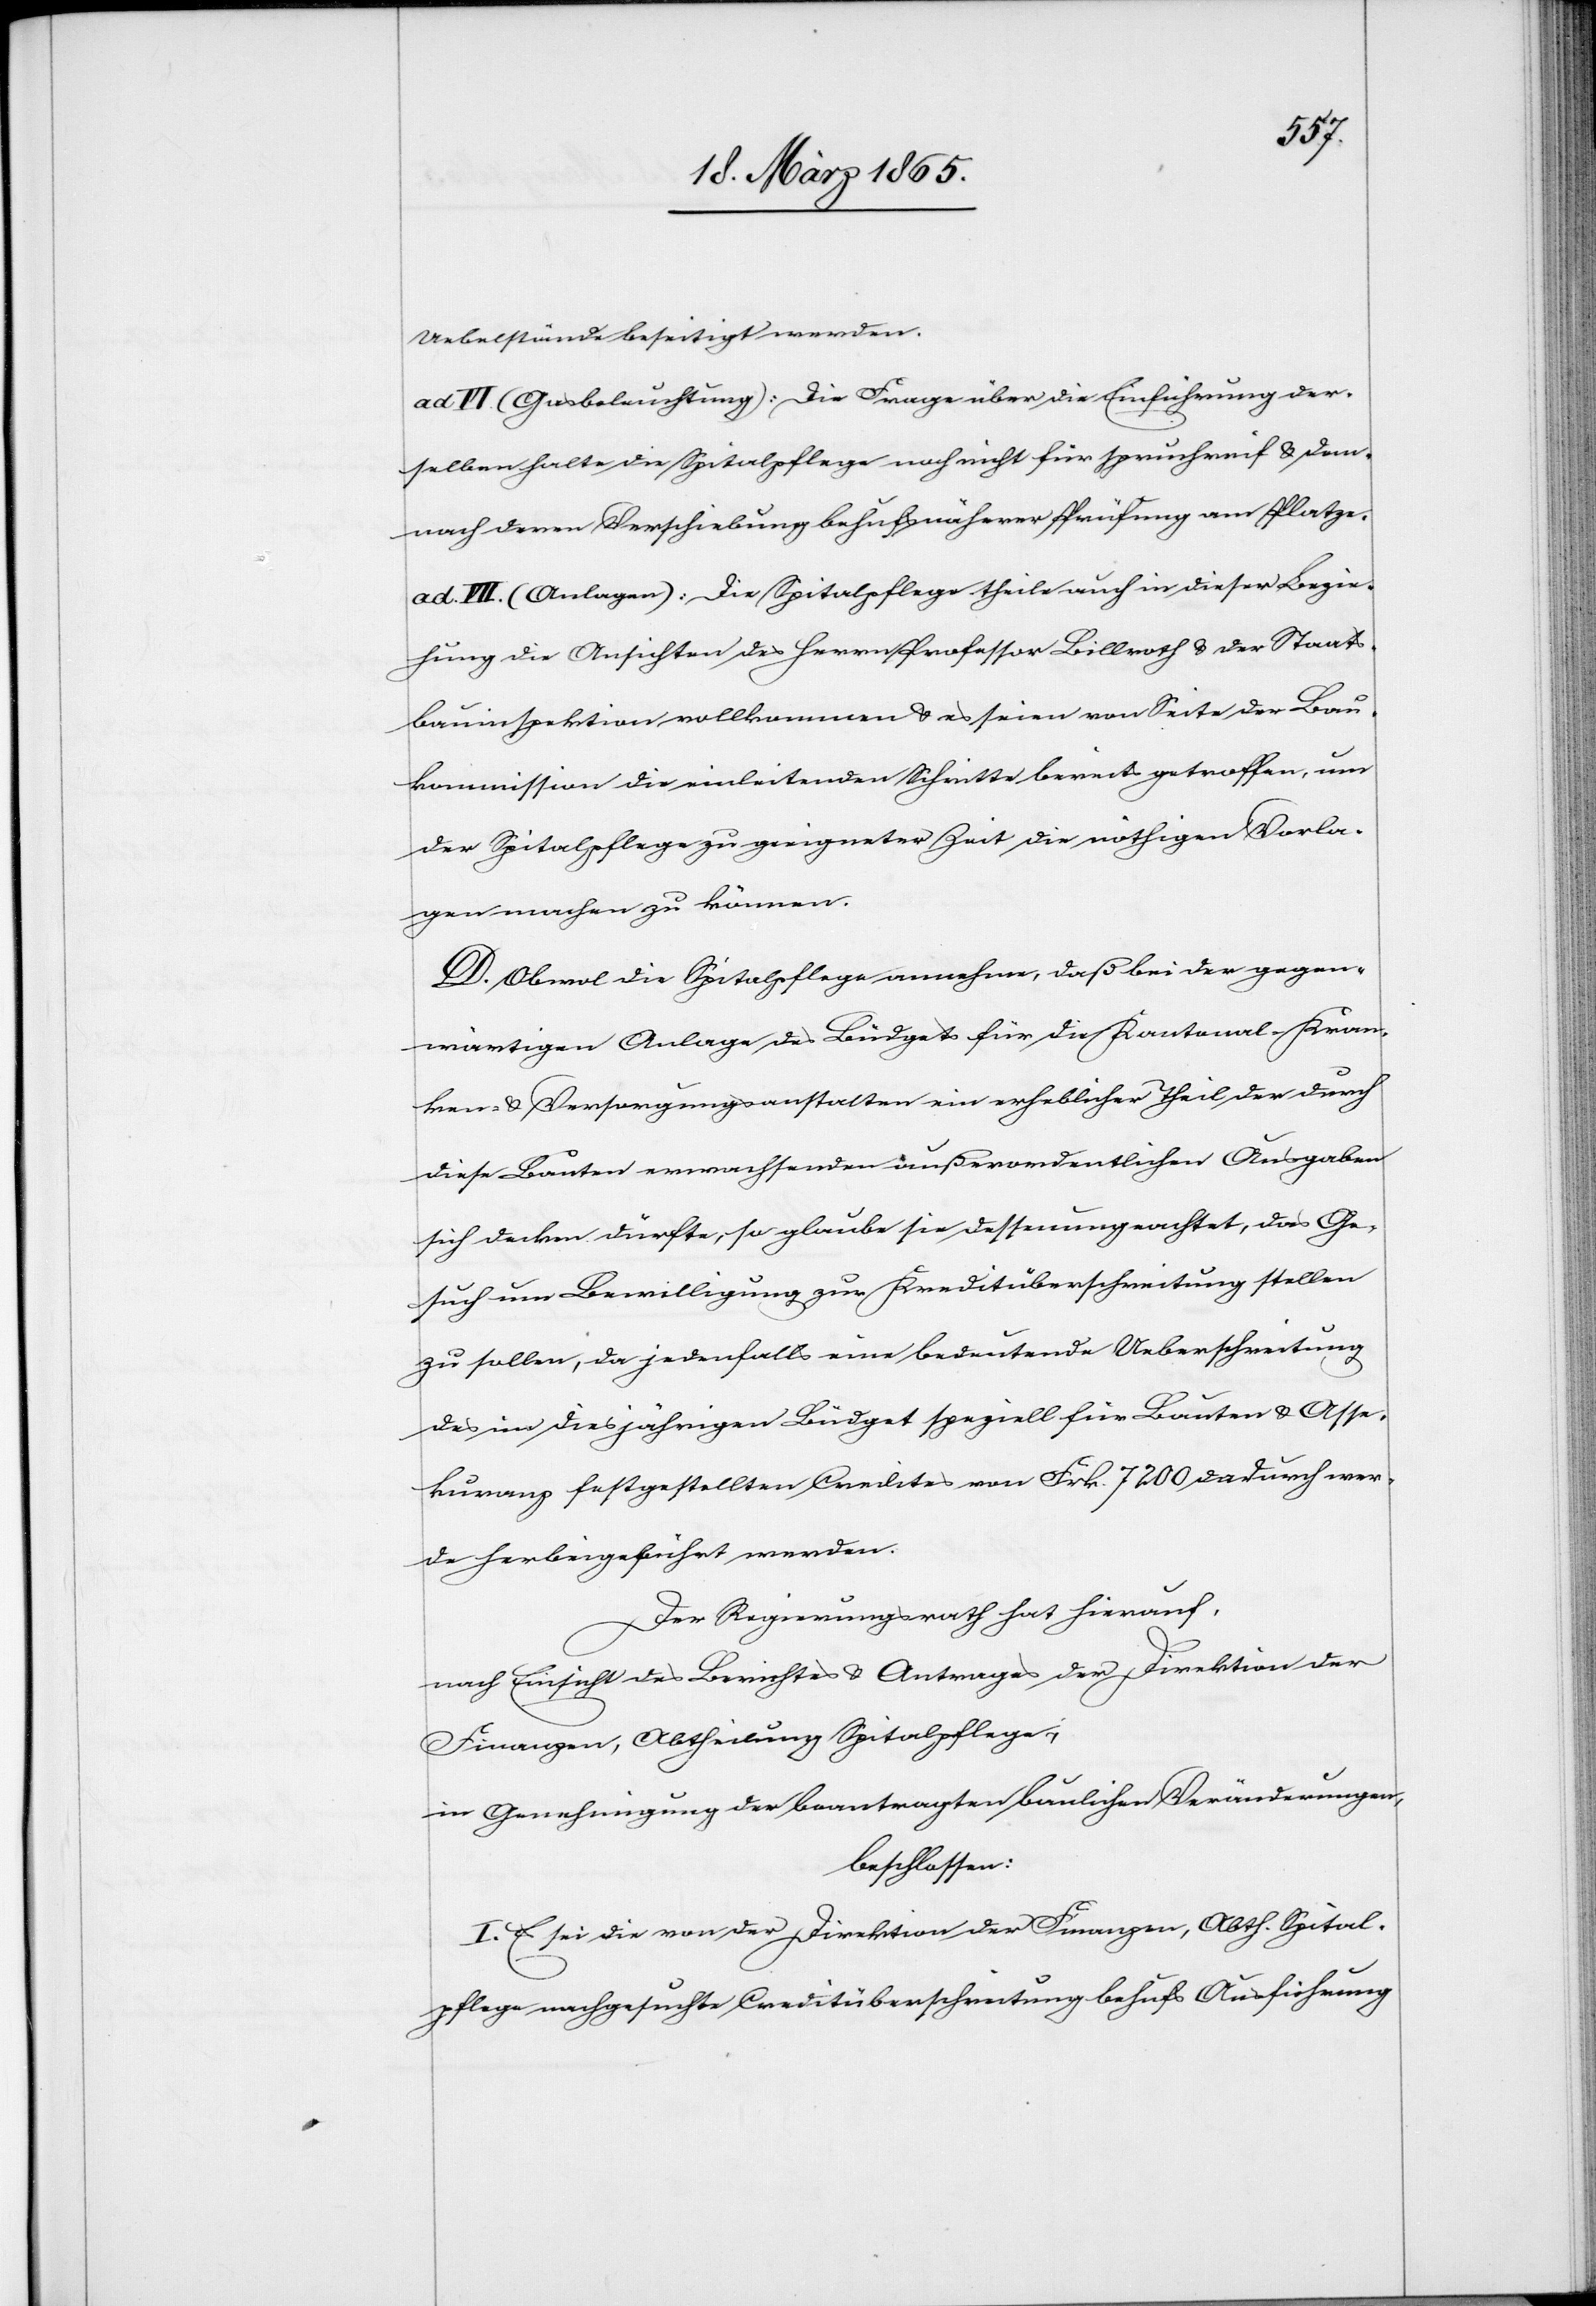
Uebelstände beseitigt werden.
ad VI. (Gasbeleuchtung): Die Frage über die Einführung der¬
selben halte die Spitalpflege noch nicht für spruchreif & dem¬
nach deren Verschiebung behufs näherer Prüfung am Platze.
ad. VII. (Anlagen): Die Spitalpflege theile auch in dieser Bezie¬
hung dies Ansichten des Herrn Professor Billroth & der Staats¬
bauinspektion vollkommen & es seien von Seite der Bau¬
kommission die einleitenden Schritte bereits getroffen, um
der Spitalpflege zu geeigneter Zeit die nöthigen Vorla¬
gen machen zu können.
D. Obwol die Spitalpflege annehme, daß bei der gegen¬
wärtigen Anlage des Büdgets für die Kantonal-Kran¬
ken- & Versorgungsanstalten ein erheblicher Theil der durch
diese Bauten erwachsenden außerordentlichen Ausgaben
sich decken dürften, so glaube sie dessenungeachtet, das Ge¬
such um Bewilligung zur Kreditüberschreitung stellen
zu sollen, da jedenfalls eine bedeutende Ueberschreitung
des im diesjährigen Büdget speziell für Bauten & Asse¬
kuranz festgestellten Credites von Frk. 7200 dadurch wer¬
de herbeigeführt werden.
Der Regierungsrath hat hierauf,
nach Einsicht des Berichtes & Antrages der Direktion der
Finanzen, Abtheilung Spitalpflege,
in Genehmigung der beantragten baulichen Veränderungen,
beschlossen:
I. Es sei die von der Direktion der Finanzen, Abth. Spital¬
pflege nachgesuchte Creditüberschreitung behufs Ausführung